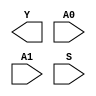
module sky130_fd_sc_hs__udp_mux_2to1_N (
    Y ,
    A0,
    A1,
    S
);

    output Y ;
    input  A0;
    input  A1;
    input  S ;
endmodule